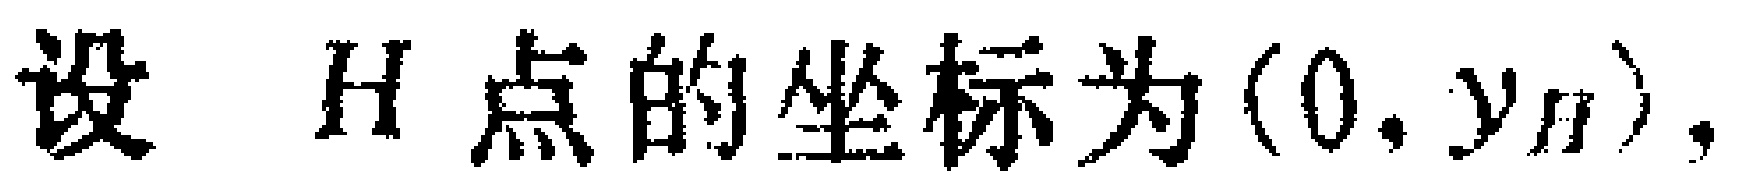
设 \(H\) 点的坐标为\((0,y_{H})\)，